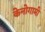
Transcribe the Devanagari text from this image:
केनोगामी